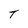
Character: T